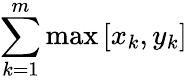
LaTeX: \sum_{k=1}^{m}\operatorname*{max}\left[x_{k},y_{k}\right]